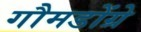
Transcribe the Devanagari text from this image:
गौमडोंग्रे